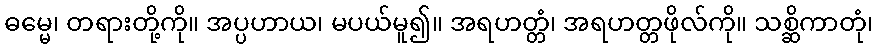
ဓမ္မေ၊ တရားတို့ကို။ အပ္ပဟာယ၊ မပယ်မူ၍။ အရဟတ္တံ၊ အရဟတ္တဖိုလ်ကို။ သစ္ဆိကာတုံ၊